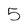
Character: 5